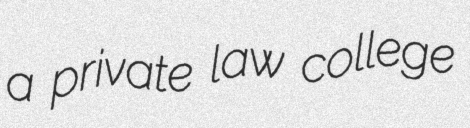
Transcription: a private law college